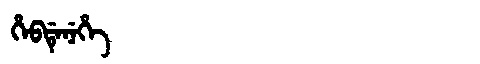
Manchu: ᡥᡝᠪᡩᡝᠨᡝᡥᡝ
Romanization: HEBDENEHE